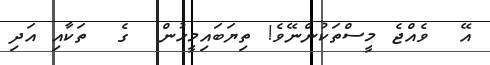
އޭ  ވެއްޖެ މީސްތަކުންނޭވެ! ތިޔަބައިމީހުން  ގެ  ތަކާއި އަދި